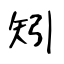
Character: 矧